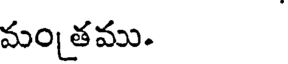
మంతము.